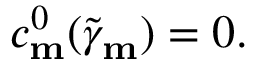
c _ { \mathbf { m } } ^ { 0 } ( \widetilde { \gamma } _ { \mathbf { m } } ) = 0 .